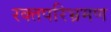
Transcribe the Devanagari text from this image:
रक्तपरिभ्रमण